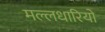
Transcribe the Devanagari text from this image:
मल्लधारियों